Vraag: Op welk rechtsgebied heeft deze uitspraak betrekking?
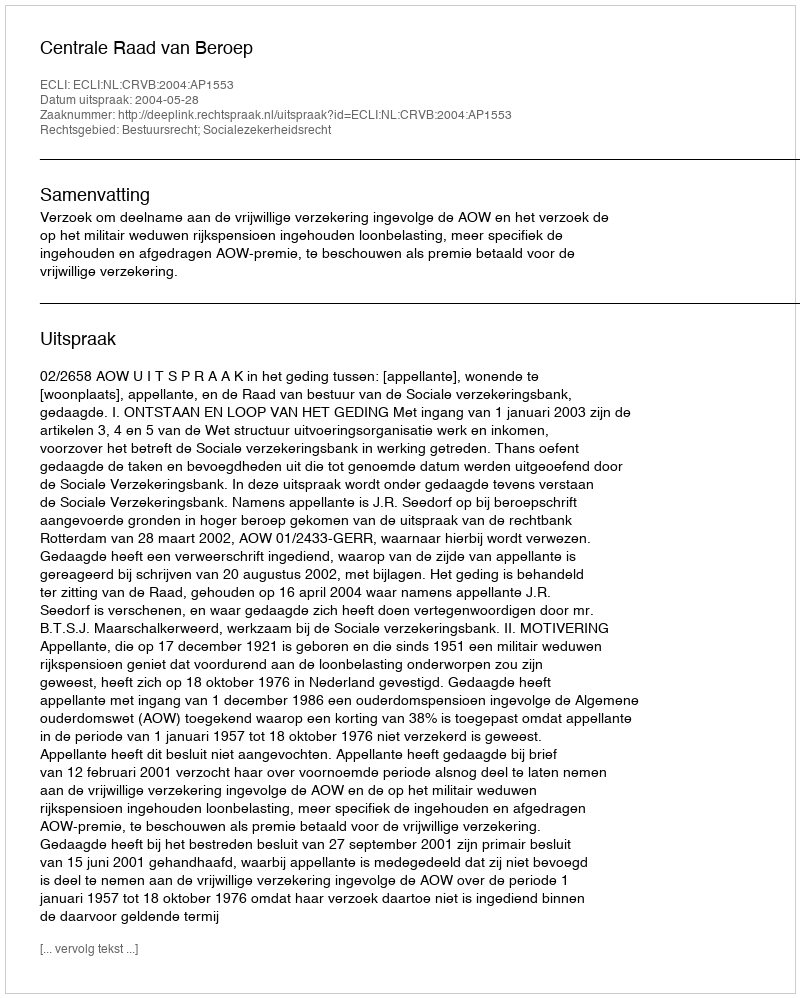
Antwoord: Bestuursrecht; Socialezekerheidsrecht